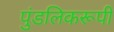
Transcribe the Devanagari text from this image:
पुंडलिकरूपी